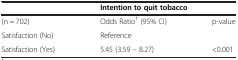
<table><thead><tr><td></td><td colspan="2"><b>Intention to quit tobacco</b></td></tr></thead><tbody><tr><td>(n = 702)</td><td>Odds Ratio<sup>†</sup> (95% CI)</td><td>p-value</td></tr><tr><td>Satisfaction (No)</td><td>Reference</td><td></td></tr><tr><td>Satisfaction (Yes)</td><td>5.45 (3.59 – 8.27)</td><td>&lt;0.001</td></tr></tbody></table>